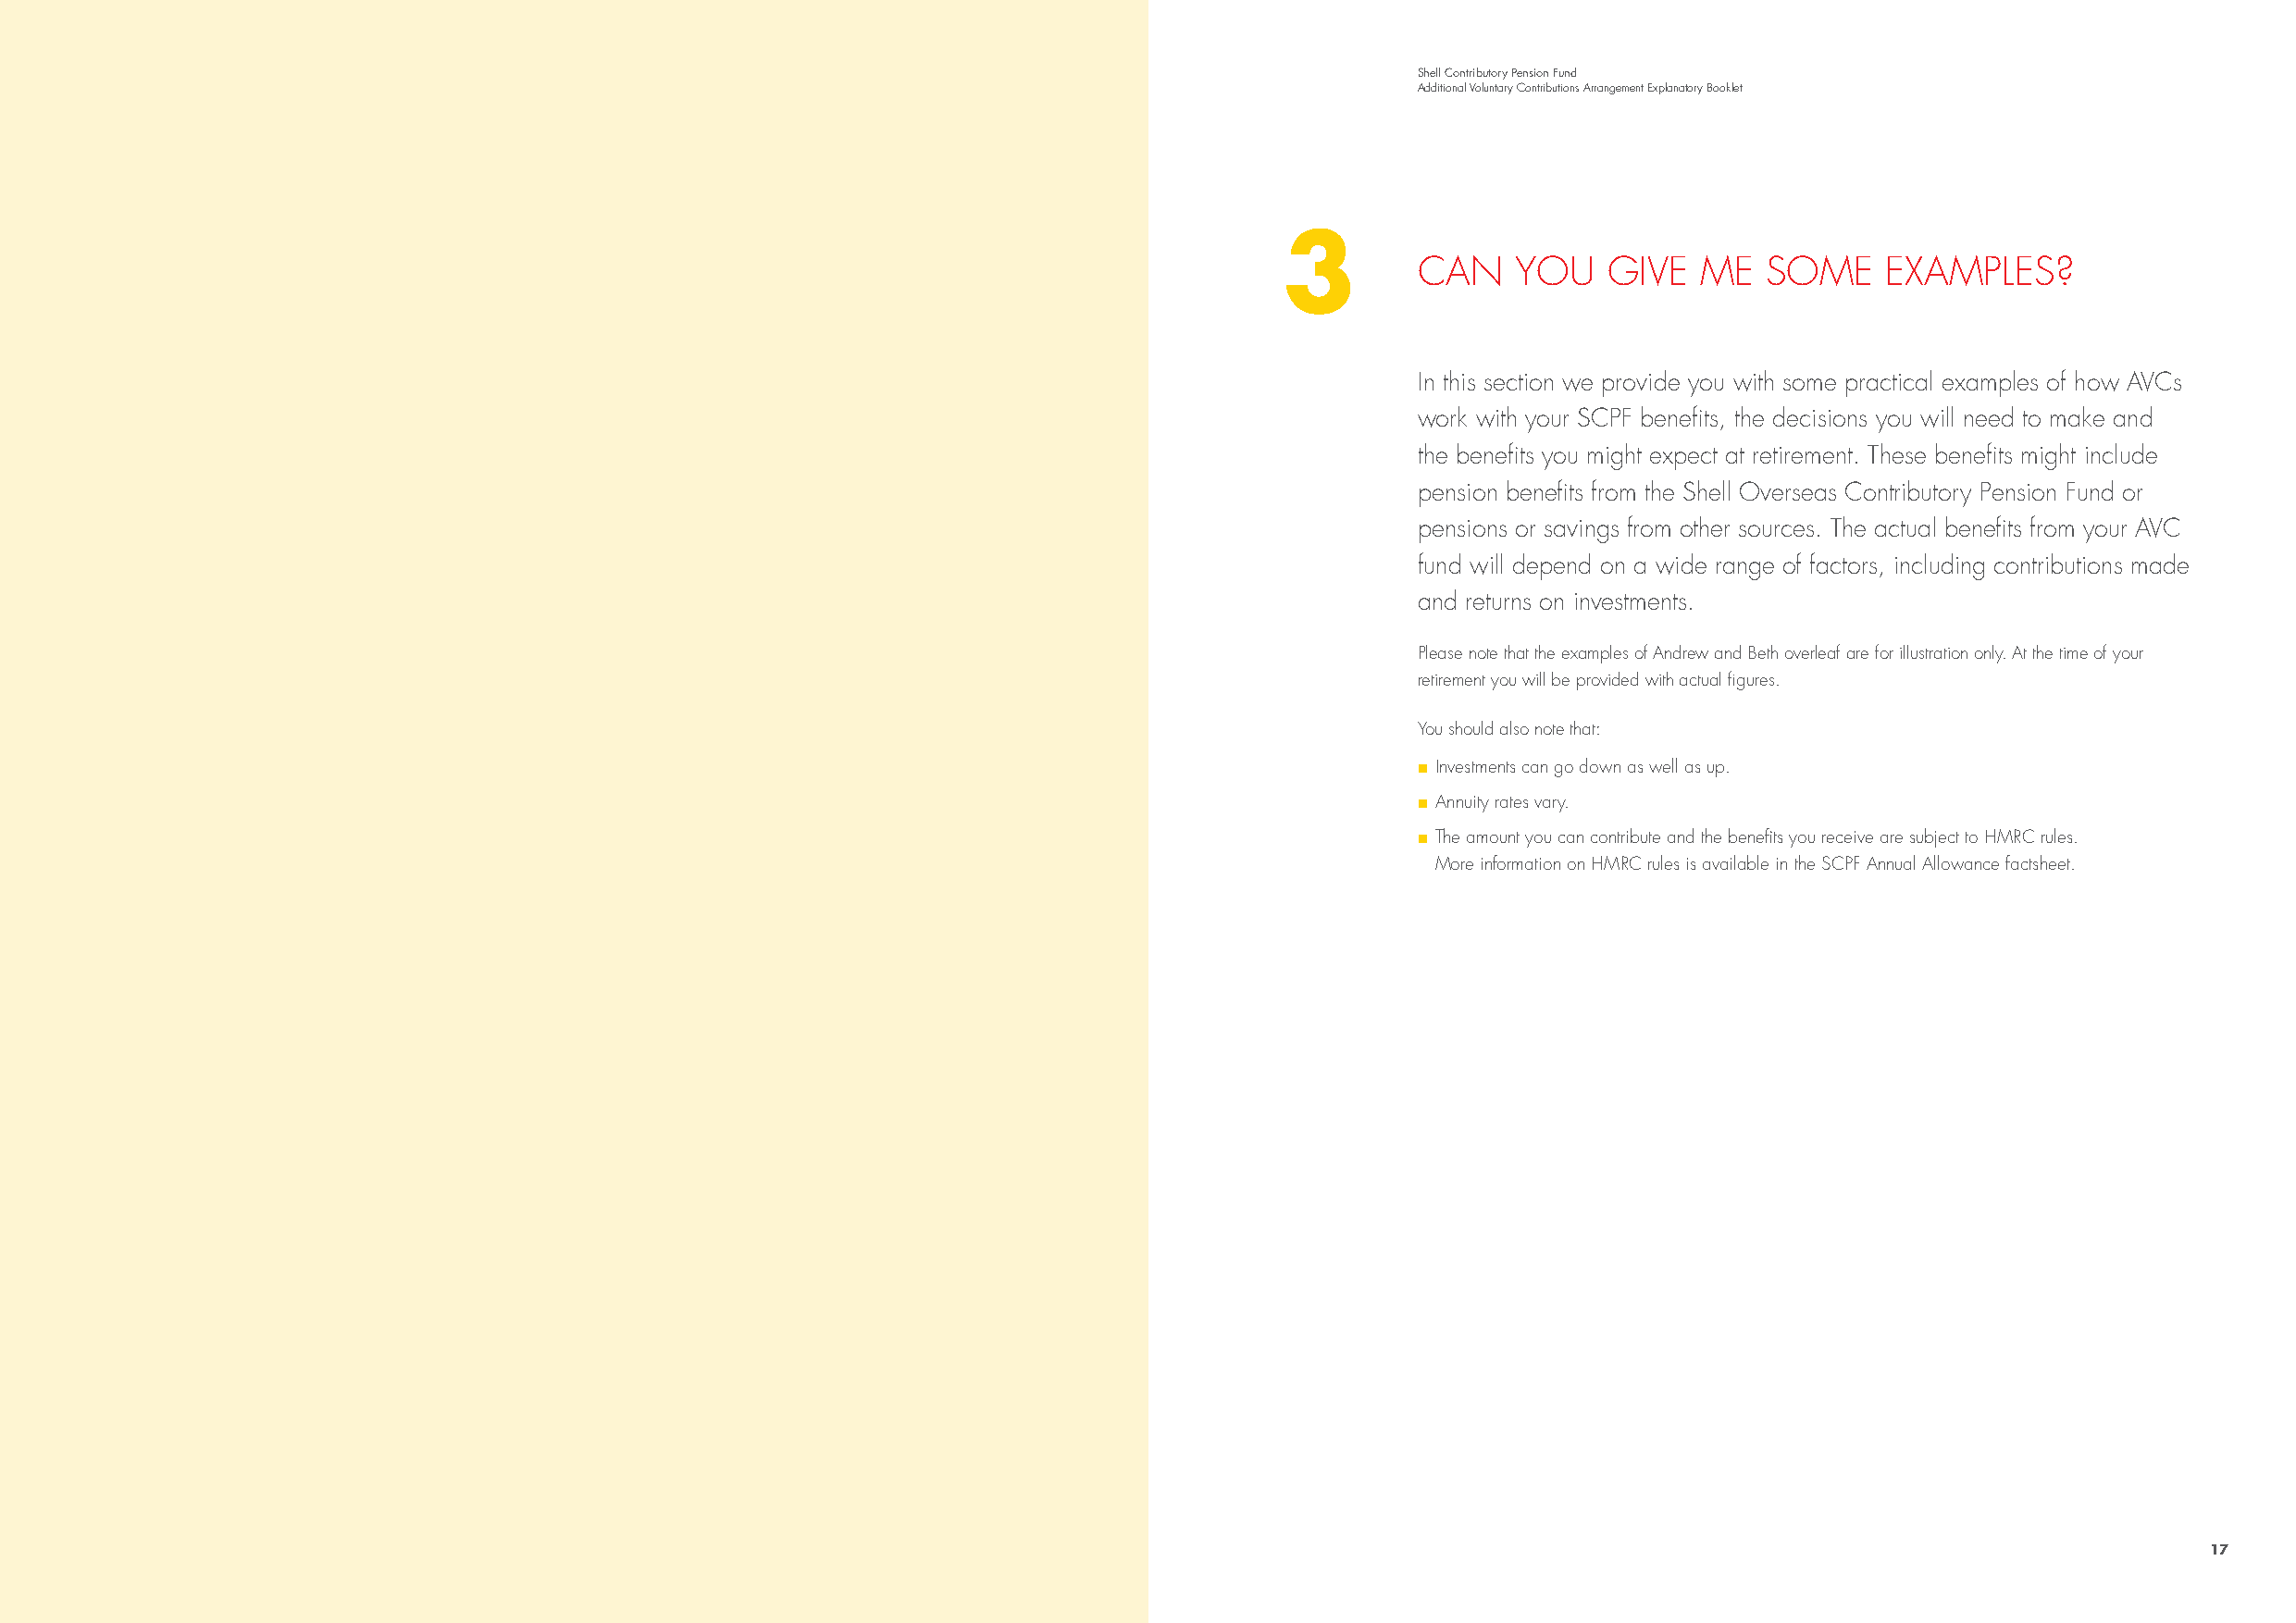
Shell Contributory Pension Fund
 Additional Voluntary Contributions Arrangement Explanatory Booklet
 3
 CAN    YOU    GIVE   ME  SOME     EXAMPLES?
 In this section we provide you with some practical examples of how AVCs
 work with your SCPF benefits, the decisions you will need to make and
 the benefits you might expect at retirement. These benefits might include
 pension benefits from the Shell Overseas Contributory Pension Fund or
 pensions or savings from other sources. The actual benefits from your AVC
 fund will depend on a wide range of factors, including contributions made
 and returns on investments.
 Please note that the examples of Andrew and Beth overleaf are for illustration only. At the time of your
 retirement you will be provided with actual figures.
 You should also note that:
 nn Investments can go down as well as up.
 nn Annuity rates vary.
 nn The amount you can contribute and the benefits you receive are subject to HMRC rules.
 More information on HMRC rules is available in the SCPF Annual Allowance factsheet.
 16                                                                                                                                                       17